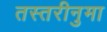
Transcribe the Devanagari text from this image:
तस्तरीनुमा